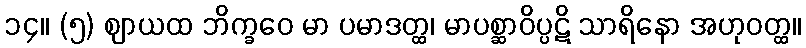
၁၄။ (၅) ဈာယထ ဘိက္ခဝေ မာ ပမာဒတ္ထ၊ မာပစ္ဆာဝိပ္ပဋိ သာရိနော အဟုဝတ္ထ။